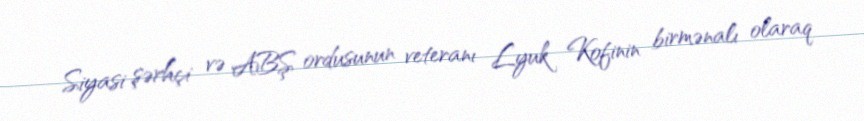
Siyasi şərhçi və ABŞ ordusunun veteranı Lyuk Kofinin birmənalı olaraq